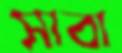
সাবা